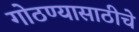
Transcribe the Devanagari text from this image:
गोठण्यासाठीचे